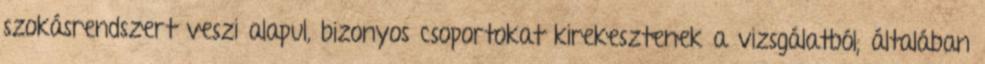
szokásrendszert veszi alapul, bizonyos csoportokat kirekesztenek a vizsgálatból; általában